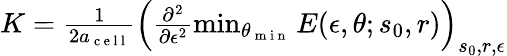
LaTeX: \begin{array}{r}{K=\frac{1}{2a_{\mathrm{~c~e~l~l~}}}\left(\frac{\partial^{2}}{\partial\epsilon^{2}}\operatorname*{min}_{\theta_{\mathrm{~m~i~n~}}}E(\epsilon,\theta;s_{0},r)\right)_{s_{0},r,\epsilon}}\end{array}